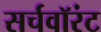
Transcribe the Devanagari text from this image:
सर्चवॉरंट